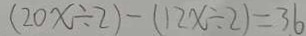
( 2 0 x \div 2 ) - ( 1 2 x \div 2 ) = 3 6